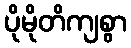
ပိုမိုတိကျစွာ